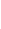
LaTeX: I\! \! \! \! \! \! \! \! \! \! \! \! _{\! \! \! \! \! \! \! \! \! \! \! \! \partial\! \! \! \! \! \! \! \! \! \! \! \! B\! \! \! \! \! \! \! \! \! \! \! \! _{\! }\! \! \! \! \! \! \! \! \! \! \! 1}\! \! \! \! \! \! \! \! \! \! \! \! (Z\! \! \! \! \! \! \! \! \! \! \! \! )\! \! \! \! \! \! \! \! \! \! \! \! =I\! \! \! \! \! \! \! \! \! \! \! \! _{\! \! \! \! \! \! \! \! \! \! \! \! \partial\! \! \! \! \! \! \! \! \! \! \! \! B\! \! \! \! \! \! \! \! \! \! \! \! _{\! }\! \! \! \! \! \! \! \! \! \! \! 0}\! \! \! \! \! \! \! \! \! \! \! \! (Z\! \! \! \! \! \! \! \! \! \! \! \! )\! \! \! \! \! \! \! \! \! \! \! \! .\! \! \! \! \! \! \! \! \! \! \!